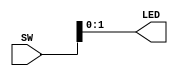
`timescale 1ns / 1ps

module ALU16
(
    input [3:0] SW, 
    output wire [1:0] LED
);    
    reg [31:0] GG;
    
    parameter A = 32'h0000_0001;
    parameter B = 32'h0000_0002;
    
    assign LED = SW[1:0];
    
    always@( SW[3] ) begin
        GG = 32'h0000_0000;
    end
    
    always@(*) begin
        case( SW[1:0] )
            2'b00: GG = A + B;                   
            2'b01: GG = A - B;                   
            2'b10: GG = A * B;                   
            2'b11: GG = A >> B;
        endcase
    end
    
endmodule

/*

module tstclk(
    input [15:0] SW,
    output [15:0] LED,
    input CLK100MHZ
    );
    
    reg sclk;
    
    always@(posedge CLK100MHZ, posedge SW[15]) begin
        if(SW[15]==1)   sclk = 0;
        else            sclk = ~sclk;

    end
    
    assign LED[0] = CLK100MHZ;
    assign LED[1] = sclk;
    
endmodule
*/

/*
FOR SIM

module ALU16(
    input [3:0] SW,
    output reg [31:0] GG, 
    output wire [1:0] LED
    );
    
    parameter A = 32'h0000_0001;
    parameter B = 32'h0000_0002;
    
    assign LED = SW[1:0];
    
    always@(SW[3]) begin
        GG = 32'h0000_0000;
    end
    
    always@(*) begin        
        case( SW[1:0] )
            2'b00: GG = A + B;                   
            2'b01: GG = A - B;                   
            2'b10: GG = A * B;                   
            2'b11: GG = A >> B;
        endcase
    end
    
    
endmodule

*/